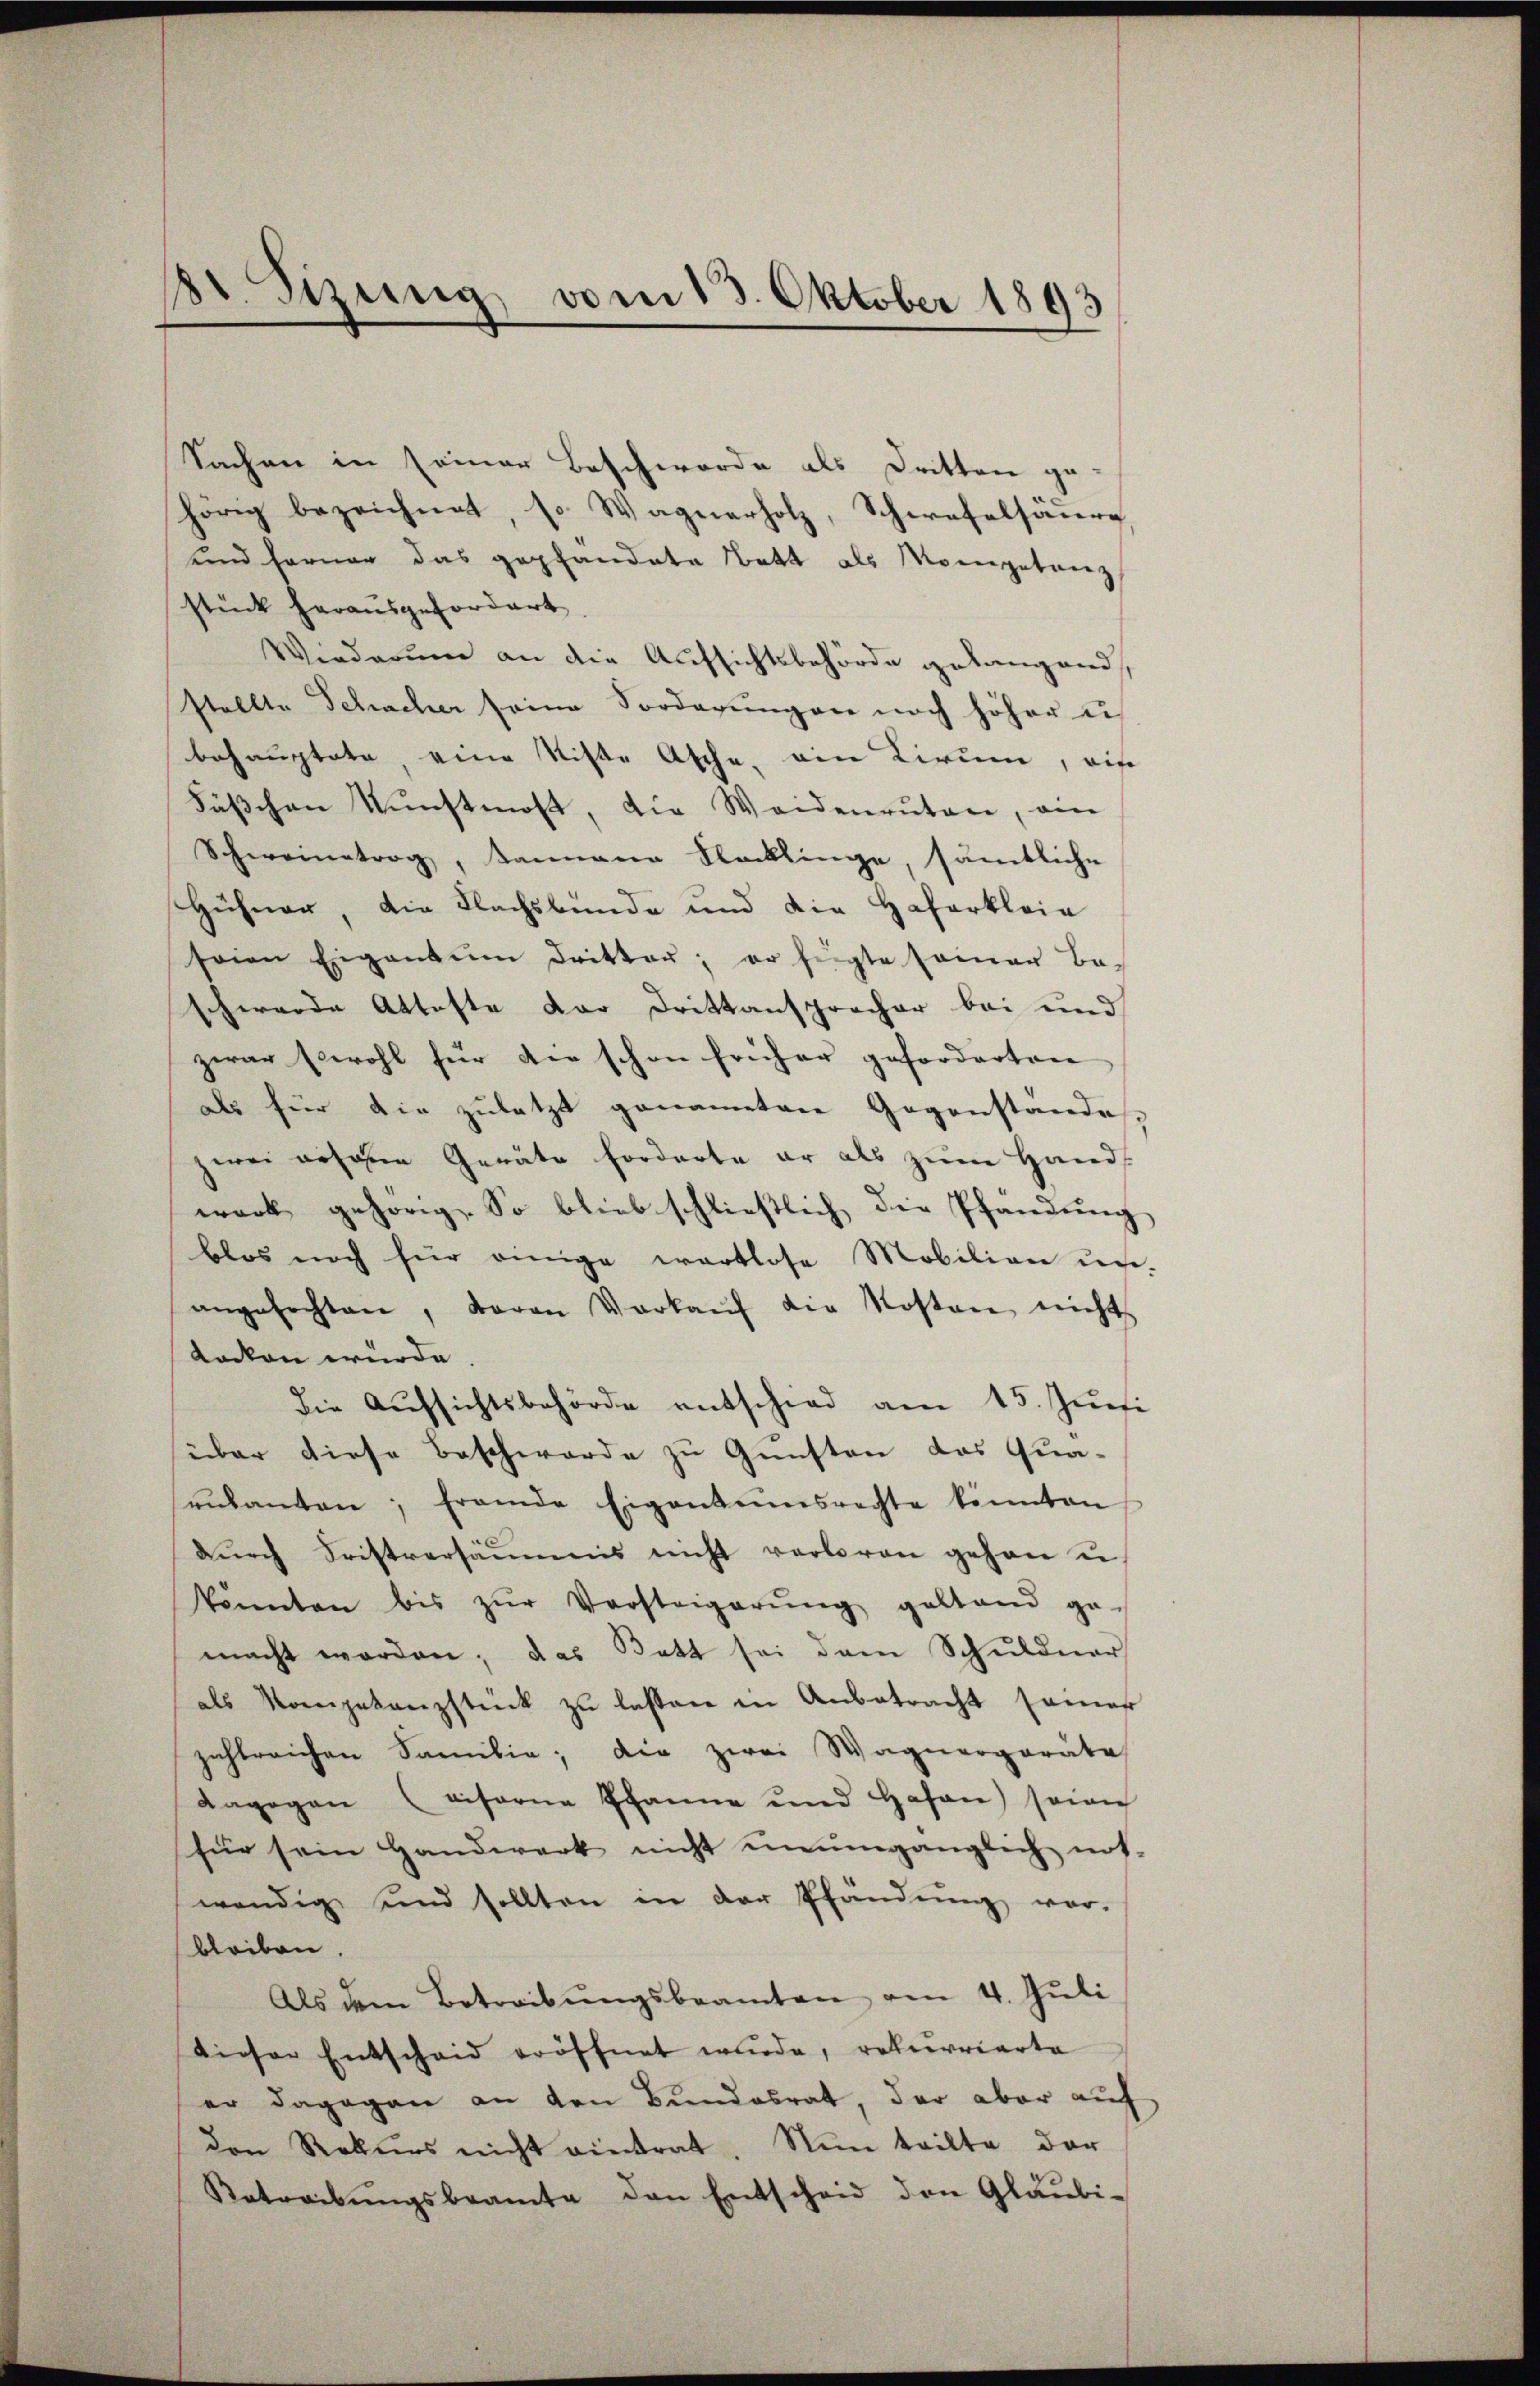
8t. Sizung vom 13. Oktober 1893

Sachen in seiner Beschwerde als Dritten ge-
hörig bezeichnet, so Wagnerholz, Schwefelsäure
und ferner das gepfandate Bett als Morgetanz
stück herausgefordert
Wiederung an die Aufsichtsbehörde gelangend,
stellte Schacher seine Vorderungen noch höher u
behauptete, eine Siste Asche, ain Kirum, wie
Fäschen Kunstmost, die Weidenruten, ein
Schweinetrag, kannene Flecklinge, sämtliche
Hühner, die Flachsbunde und die Haferklein
seien Eigentum dritter; er fügte samer be-
schwerde Atteste dar Drittansprecher bei und
zwar sowohl für die schon früher geforderten
als für die zuletzt genannten Gegenstandes,
zwei ersonen Geräte forderte er als zŭm Hands
werk gehörig. So blieb schließlich die Pfandŭng
blos noch für einige wartlose Mobilian un-
angefochten, davon Verkaŭf die Kosten nichts
docken wurde
die Aufsichtsbehörde entschied am 15. Juni
über diese Beschwerde zu Gunsten das Qua-
rŭsanten; fremde Eigentumsrechte könnten
dŭrch Fristversäumnis nicht verloren gehen u.
könnten bis zŭr Vorsteigerŭng gestand ge-
macht worden; das Batt sei dem Schuldner
als Kompetanzstück zŭ lassen in Anbetracht seines
zahlreichen Samilie; die zwei Wagnerporate
dagogen (eiforne Phanne und Hasen) seien
für sein Handwerk nicht unumgänglich not-
wendig und sollten in der Pfändung vor-
bleiben.
Als dem Betreibŭngsbeamten am 4. Jŭli
dieser Entscheid eröffnet wurde, rekurrierte
er dagegen an den Bundesrat, der aber auf
den Rekŭrs nicht eintrat. Nun teilte der
Betreibŭngsbeamte den Entscheid den Gläubi-